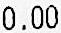
0.00